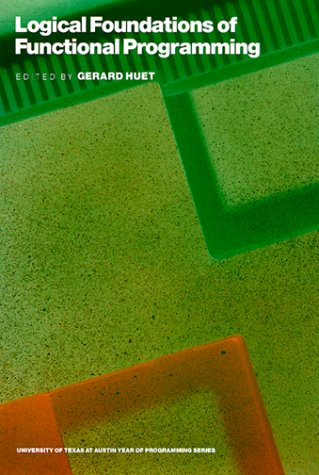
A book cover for Logical Foundations of Functional Programming (Ut Year of Programming Series); Gerard Huet; Computers & Technology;